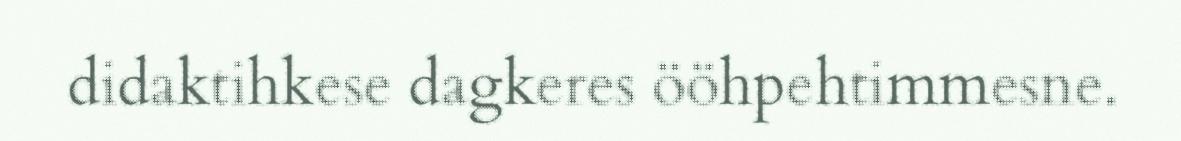
didaktihkese dagkeres ööhpehtimmesne.